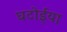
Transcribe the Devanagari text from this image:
घटोईया